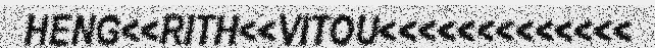
HENG<<RITH<<VITOU<<<<<<<<<<<<<